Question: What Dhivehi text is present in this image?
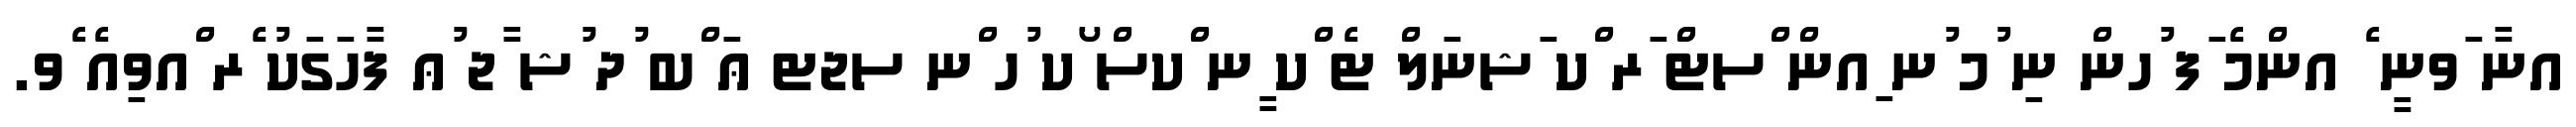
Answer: އނާ ަވނީ ެ އންމެ ަފ ުހން ނި ުމ ުނ ިއން ްސޓް ަރ ްކ ަޝނަލް ޓެ ްކ ީނ ްކސް ޯކ ުހ ްނ ސޖޓ ޢަ ްބ ުދ ުޝ ާޖ ުޢ ފާހަގަކު ެރ ްއވިއެ ެވ.